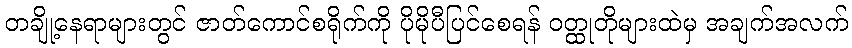
တချို့နေရာများတွင် ဇာတ်ကောင်စရိုက်ကို ပိုမိုပီပြင်စေရန် ဝတ္ထုတိုများထဲမှ အချက်အလက်